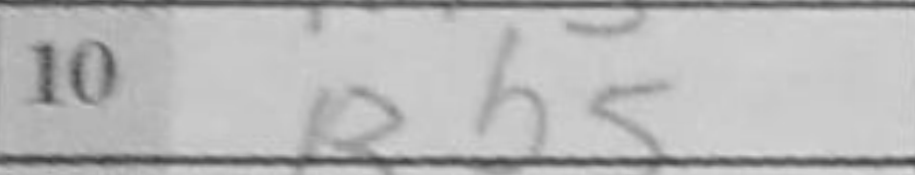
Transcription: Bb5